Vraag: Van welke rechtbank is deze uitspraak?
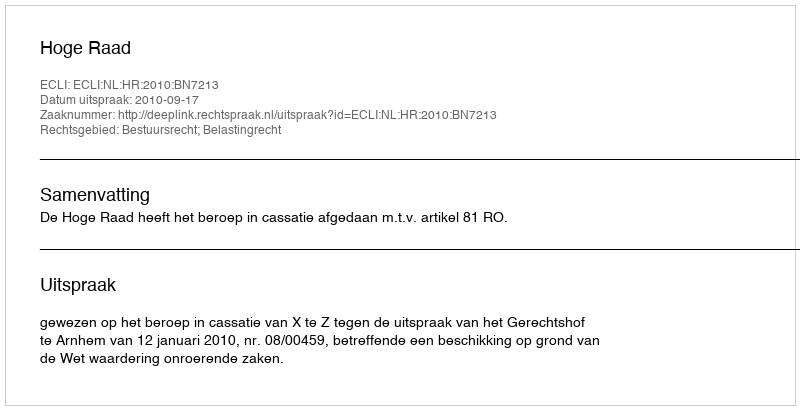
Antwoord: Hoge Raad